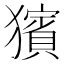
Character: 獱